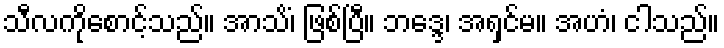
သီလကိုစောင့်သည်။ အာသိံ၊ ဖြစ်ပြီ။ ဘဒ္ဒေ၊ အရှင်မ။ အဟံ၊ ငါသည်။